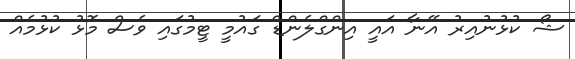
ޝޯ ކުޅުނުއިރު އޭނާ އައީ އިންގްލެންޑް ގައުމީ ޓީމުގައި ވެސް މޮޅު ކުޅުމެއް